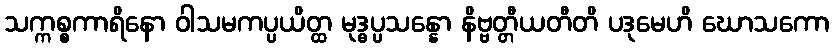
သက္ကစ္စကာရိနော ဝါသမကပ္ပယိတ္ထ မုဒ္ဓပ္ပသန္နော နိဗ္ဗတ္တီယတီတိ ပဒုမေဟိ ဃောသကော